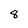
Character: 8